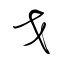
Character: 戈